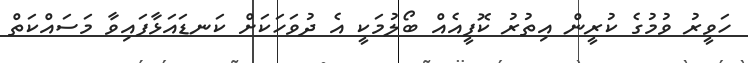
ހަވީރު ވުމުގެ ކުރީން އިތުރު ކޮފީއެއް ބޯލުމަކީ އެ ދުވަހަކަށް ކަނޑައަޅާފައިވާ މަސައްކަތް